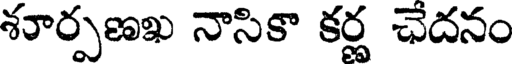
శూర్పణఖ నాసికా కర్ణ ఛేదనం